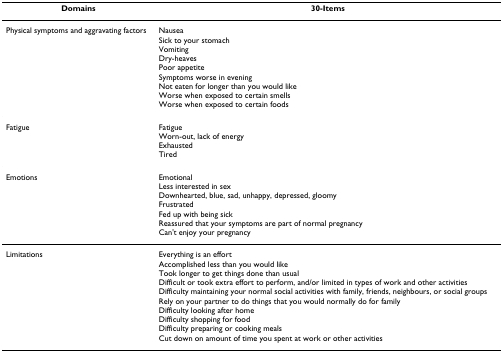
| Domains | 30-Items |
 | --- | --- |
 | Physical symptoms and aggravating factors | NauseaSick to your stomachVomitingDry-heavesPoor appetiteSymptoms worse in eveningNot eaten for longer than you would likeWorse when exposed to certain smellsWorse when exposed to certain foods |
 | Fatigue | FatigueWorn-out, lack of energyExhaustedTired |
 | Emotions | EmotionalLess interested in sexDownhearted, blue, sad, unhappy, depressed, gloomyFrustratedFed up with being sickReassured that your symptoms are part of normal pregnancyCan't enjoy your pregnancy |
 | Limitations | Everything is an effortAccomplished less than you would likeTook longer to get things done than usualDifficult or took extra effort to perform, and/or limited in types of work and other activitiesDifficulty maintaining your normal social activities with family, friends, neighbours, or social groupsRely on your partner to do things that you would normally do for familyDifficulty looking after homeDifficulty shopping for foodDifficulty preparing or cooking mealsCut down on amount of time you spent at work or other activities |